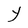
Character: Y